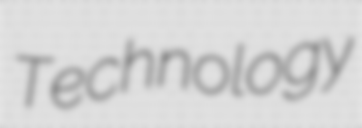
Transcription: Technology